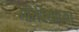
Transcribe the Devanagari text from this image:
मोरेवियाच्या